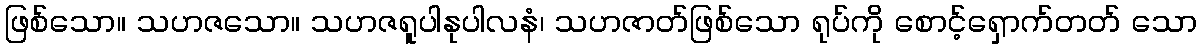
ဖြစ်သော။ သဟဇသော။ သဟဇရူပါနုပါလနံ၊ သဟဇာတ်ဖြစ်သော ရုပ်ကို စောင့်ရှောက်တတ် သော